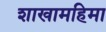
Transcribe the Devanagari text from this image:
शाखामहिमा